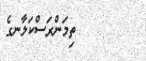
ތިމަންރަސްކަލާނގެ